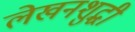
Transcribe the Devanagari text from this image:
लेखनशुद्धी